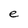
Character: e